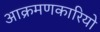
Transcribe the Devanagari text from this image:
आक्रमणकारियो